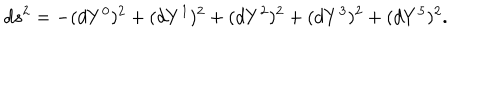
d s ^ { 2 } = - ( d Y ^ { 0 } ) ^ { 2 } + ( d Y ^ { 1 } ) ^ { 2 } + ( d Y ^ { 2 } ) ^ { 2 } + ( d Y ^ { 3 } ) ^ { 2 } + ( d Y ^ { 5 } ) ^ { 2 } .